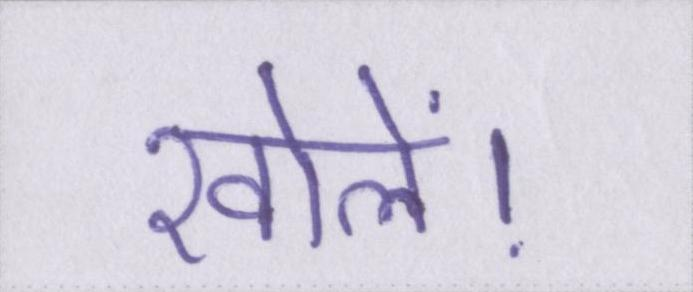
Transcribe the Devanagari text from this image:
खोलें।